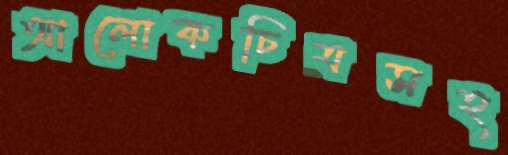
আলোকচিত্রসহ